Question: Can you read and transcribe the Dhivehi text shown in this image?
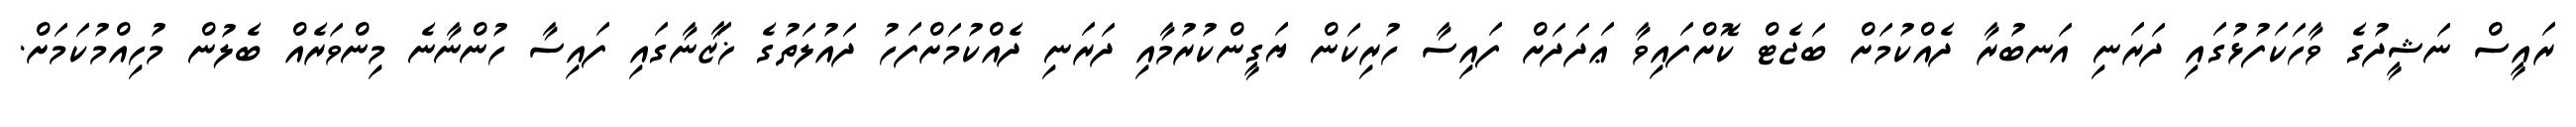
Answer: ރައީސް ނަޝީދުގެ ވާހަކަފުޅުގައި ދަރަނި އަނބުރާ ދެއްކުމަށް ބަޖެޓް ކޮށްފައިވާ ޢަދަދަށް ފައިސާ ހުރިކަން ޔަގީންކުރުމާއި ދަރަނި ދެއްކުމަށްފަހު ދައުލަތުގެ ޚަޒާނާގައި ފައިސާ ހުންނާނެ މިންވަރެއް ބެލުން މުހިއްމުކަމަށް.